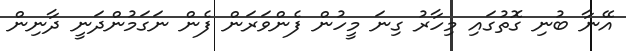
އޭނާ ބުނި ގޮތުގައި މިހާރު ގިނަ މީހުން ފެންވަރަން ފެން ނަގަމުންދަނީ ދާނިން